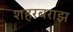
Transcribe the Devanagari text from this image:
शहरबराझ